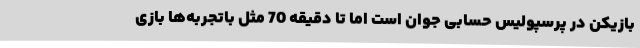
بازیکن در پرسپولیس حسابی جوان است اما تا دقیقه 70 مثل باتجربه‌ها بازی